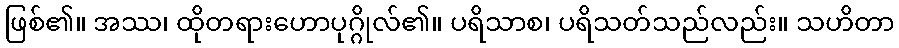
ဖြစ်၏။ အဿ၊ ထိုတရားဟောပုဂ္ဂိုလ်၏။ ပရိသာစ၊ ပရိသတ်သည်လည်း။ သဟိတာ